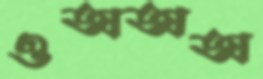
ওঅঅঅ